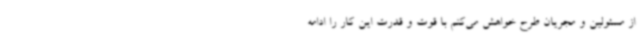
از مسئولین و مجریان طرح خواهش می‌کنم با قوت و قدرت این کار را ادامه